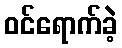
ဝင်ရောက်ခဲ့